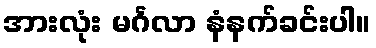
အားလုံး မင်္ဂလာ နံနက်ခင်းပါ။